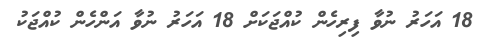
18 އަހަރު ނުވާ ފިރިހެން ކުއްޖަކަށް 18 އަހަރު ނުވާ އަންހެން ކުއްޖަކު